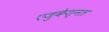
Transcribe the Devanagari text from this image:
एजुकेश्नल